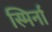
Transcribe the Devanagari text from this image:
स्मिर्ना